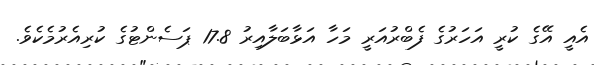
އެއީ އޭގެ ކުރީ އަހަރުގެ ފެބްރުއަރީ މަހާ އަޅާބަލާއިރު 17.8 ޕަސެންޓުގެ ކުރިއެރުމެކެވެ.